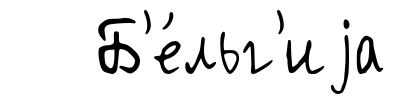
Б'е́льг'иjа